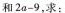
和$$2 a - 9$$，求：